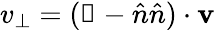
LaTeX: v_{\perp}=({\mathbb 1}-\hat{n}\hat{n})\cdot{\mathbf v}